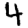
Digit: 4